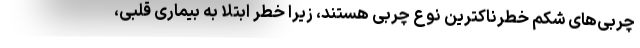
چربی‌های شکم خطرناکترین نوع چربی هستند، زیرا خطر ابتلا به بیماری قلبی،